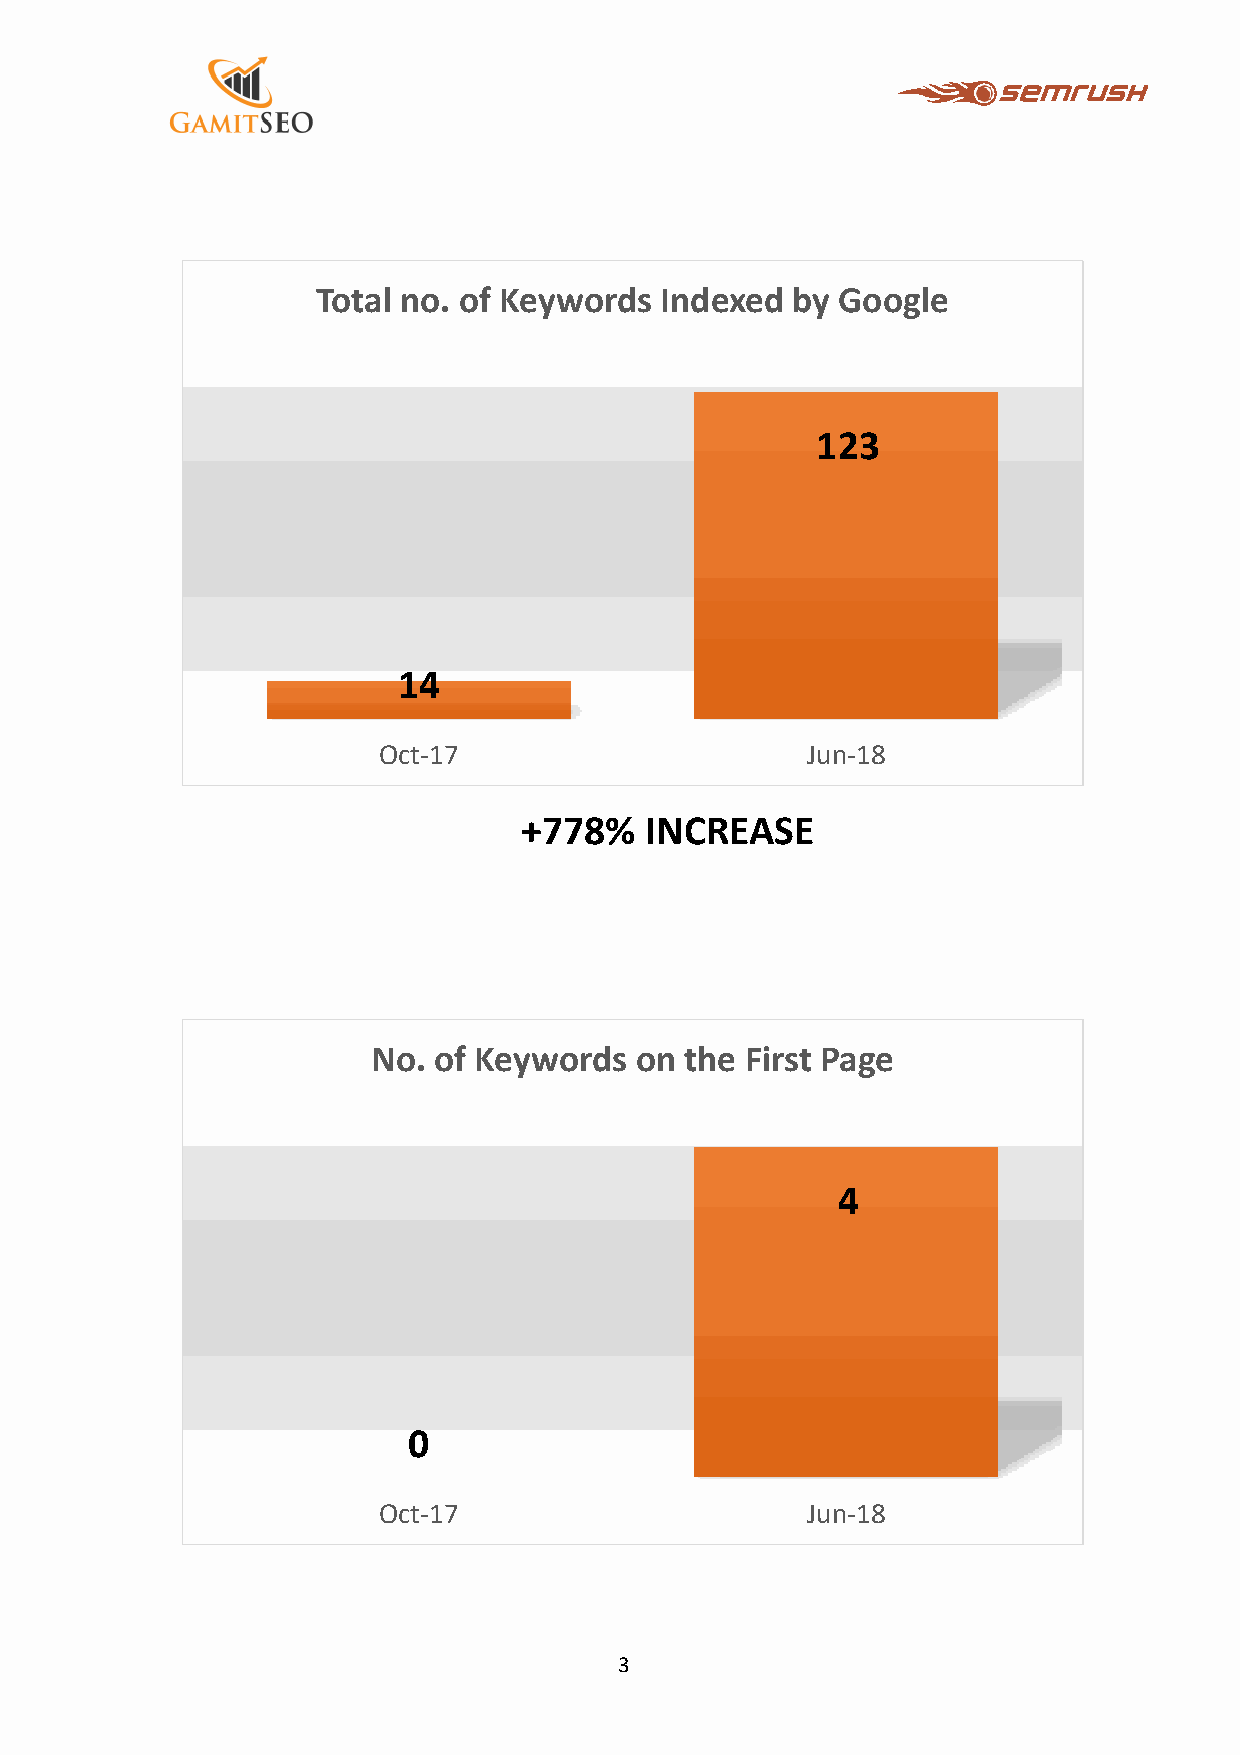
Total no. of Keywords  Indexed by Google
 123
 14
 Oct-17                      Jun-18
 +778%    INCREASE
 No. of Keywords  on the First Page
 4
 0
 Oct-17                      Jun-18
 3